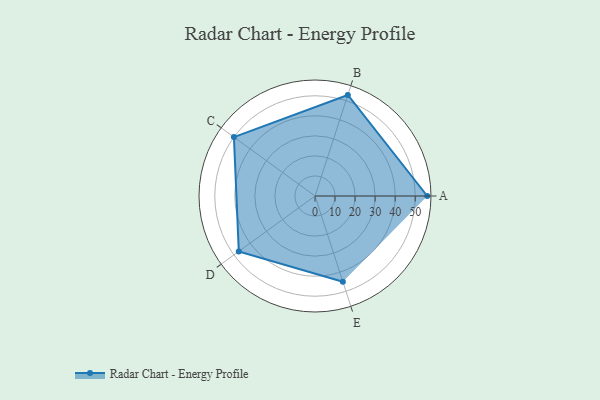
{"axis": {"x": "Skill", "y": "Score"}, "legend": ["Profile"], "data": [{"x": "A", "y": 56.0, "type": "Profile"}, {"x": "B", "y": 53.0, "type": "Profile"}, {"x": "C", "y": 50.0, "type": "Profile"}, {"x": "D", "y": 47.0, "type": "Profile"}, {"x": "E", "y": 45.0, "type": "Profile"}]}